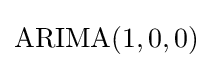
{\text{ARIMA}}(1,0,0)